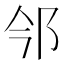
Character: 𨙽